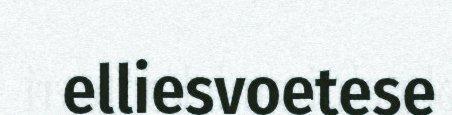
elliesvoetese